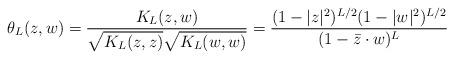
LaTeX: \begin{align*}\theta_L(z,w)=\frac{K_L(z,w)}{\sqrt{K_L(z,z)} \sqrt{K_L(w,w)}}=\frac{(1-|z|^2)^{L/2}(1-|w|^2)^{L/2}}{(1-\bar z\cdot w)^L}\end{align*}